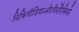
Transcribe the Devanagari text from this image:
विकिपीडियाऔरपैनोरैमियो